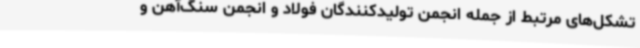
تشکل‌های مرتبط از جمله انجمن تولیدکنندگان فولاد و انجمن سنگ‌آهن و